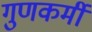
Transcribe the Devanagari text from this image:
गुणकर्मीं